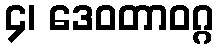
၄၊ ဒေဝတာဝဂ္ဂ